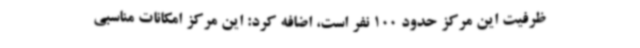
ظرفیت این مرکز حدود 100 نفر است، اضافه کرد: این مرکز امکانات مناسبی